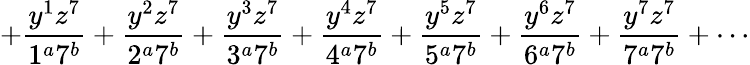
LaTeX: +\frac{y^{1}z^{7}}{1^{a}7^{b}}+\frac{y^{2}z^{7}}{2^{a}7^{b}}+\frac{y^{3}z^{7}}{3^{a}7^{b}}+\frac{y^{4}z^{7}}{4^{a}7^{b}}+\frac{y^{5}z^{7}}{5^{a}7^{b}}+\frac{y^{6}z^{7}}{6^{a}7^{b}}+\frac{y^{7}z^{7}}{7^{a}7^{b}}+\cdots